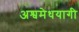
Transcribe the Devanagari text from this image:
अश्वमेधयागी